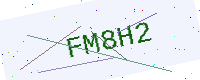
Text: FM8H2